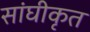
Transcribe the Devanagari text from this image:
सांघीकृत